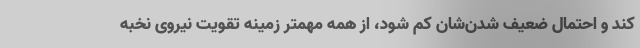
کند و احتمال ضعیف شدن‌شان کم شود، از همه مهمتر زمینه تقویت نیروی نخبه